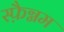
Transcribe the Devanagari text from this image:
स्फ़ैग्नम